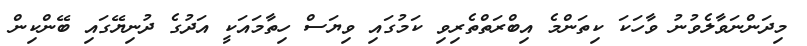
މިދަންނަވާލެވުނު ވާހަކަ ކިތަންމެ އިބްރަތްތެރިވި ކަމުގައި ވިޔަސް ހިތާމައަކީ އަދުގެ ދުނިޔޭގައި ބޭންކިން